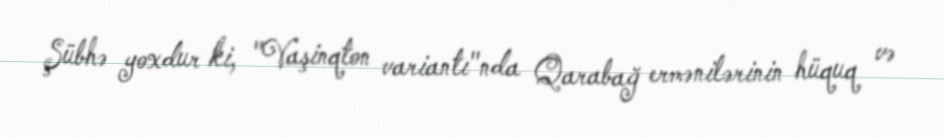
Şübhə yoxdur ki, "Vaşinqton variantı"nda Qarabağ ermənilərinin hüquq və